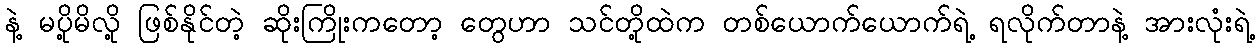
နဲ့ မပို့မိလို့ ဖြစ်နိုင်တဲ့ ဆိုးကြိုးကတော့ တွေဟာ သင်တို့ထဲက တစ်ယောက်ယောက်ရဲ့ ရလိုက်တာနဲ့ အားလုံးရဲ့